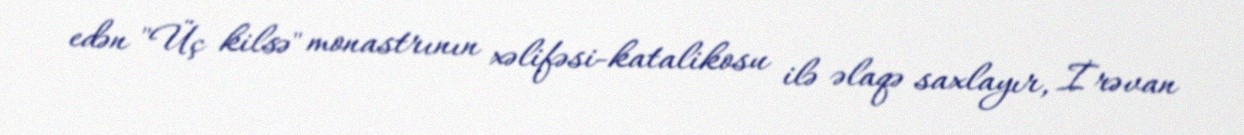
edən "Üç kilsə" monastrının xəlifəsi-katalikosu ilə əlaqə saxlayır, İrəvan